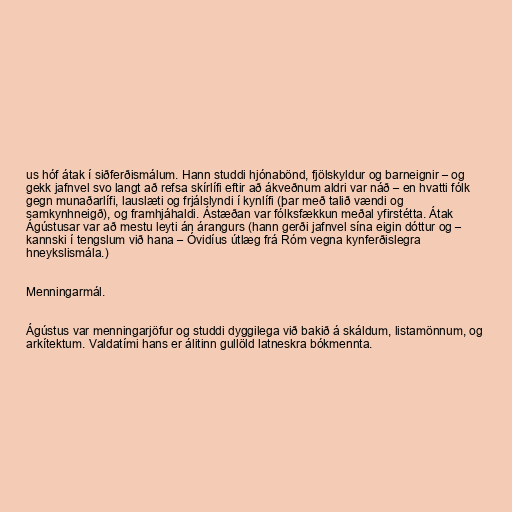
us hóf átak í siðferðismálum. Hann studdi hjónabönd, fjölskyldur og barneignir – og
gekk jafnvel svo langt að refsa skírlífi eftir að ákveðnum aldri var náð – en hvatti fólk
gegn munaðarlífi, lauslæti og frjálslyndi í kynlífi (þar með talið vændi og
samkynhneigð), og framhjáhaldi. Ástæðan var fólksfækkun meðal yfirstétta. Átak
Ágústusar var að mestu leyti án árangurs (hann gerði jafnvel sína eigin dóttur og –
kannski í tengslum við hana – Óvidíus útlæg frá Róm vegna kynferðislegra
hneykslismála.)

Menningarmál.

Ágústus var menningarjöfur og studdi dyggilega við bakið á skáldum, listamönnum, og
arkítektum. Valdatími hans er álitinn gullöld latneskra bókmennta.